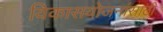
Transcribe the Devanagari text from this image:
विकासयोजनांसाठी